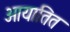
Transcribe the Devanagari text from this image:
आयातित